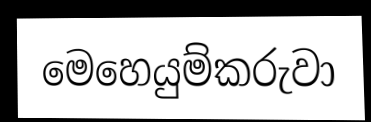
මෙහෙයුම්කරුවා